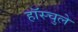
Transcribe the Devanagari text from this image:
हॉस्चुले